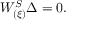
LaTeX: { \cal W } _ { ( \xi ) } ^ { S } \Delta = 0 .